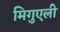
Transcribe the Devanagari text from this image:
मिगुएली